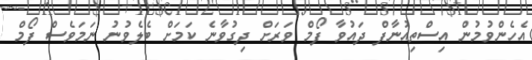
އެހެންވުމުން އިސްތިއުނާފް ދައުވާ ފޯމް ވަރަށް ދިގުވާނެ ކަމަށް ބެލެވުނު ނަމަވެސް ފޯމް